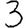
Digit: 3